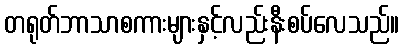
တရုတ်ဘာသာစကားများနှင့်လည်းနီးစပ်လေသည်။